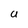
Character: U